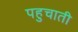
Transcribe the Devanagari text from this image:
पहुचाती